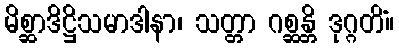
မိစ္ဆာဒိဋ္ဌိသမာဒါနာ၊ သတ္တာ ဂစ္ဆန္တိ ဒုဂ္ဂတိံ။